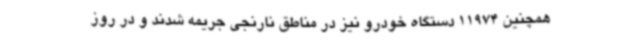
همچنین 11974 دستگاه خودرو نیز در مناطق نارنجی جریمه شدند و در روز